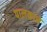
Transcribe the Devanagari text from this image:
पालकाचे